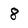
Character: 8